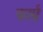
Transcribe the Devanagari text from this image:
फार्म्र